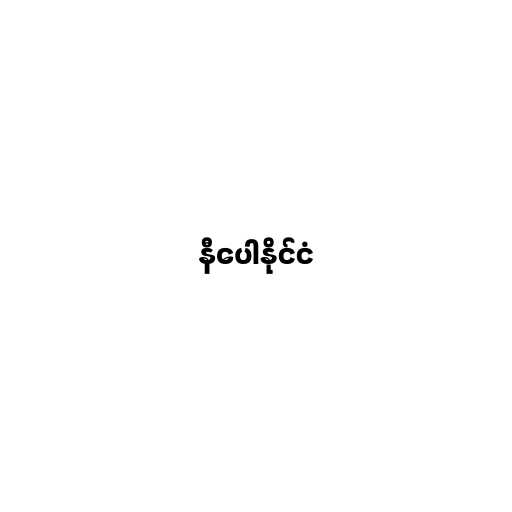
နီပေါနိုင်ငံ